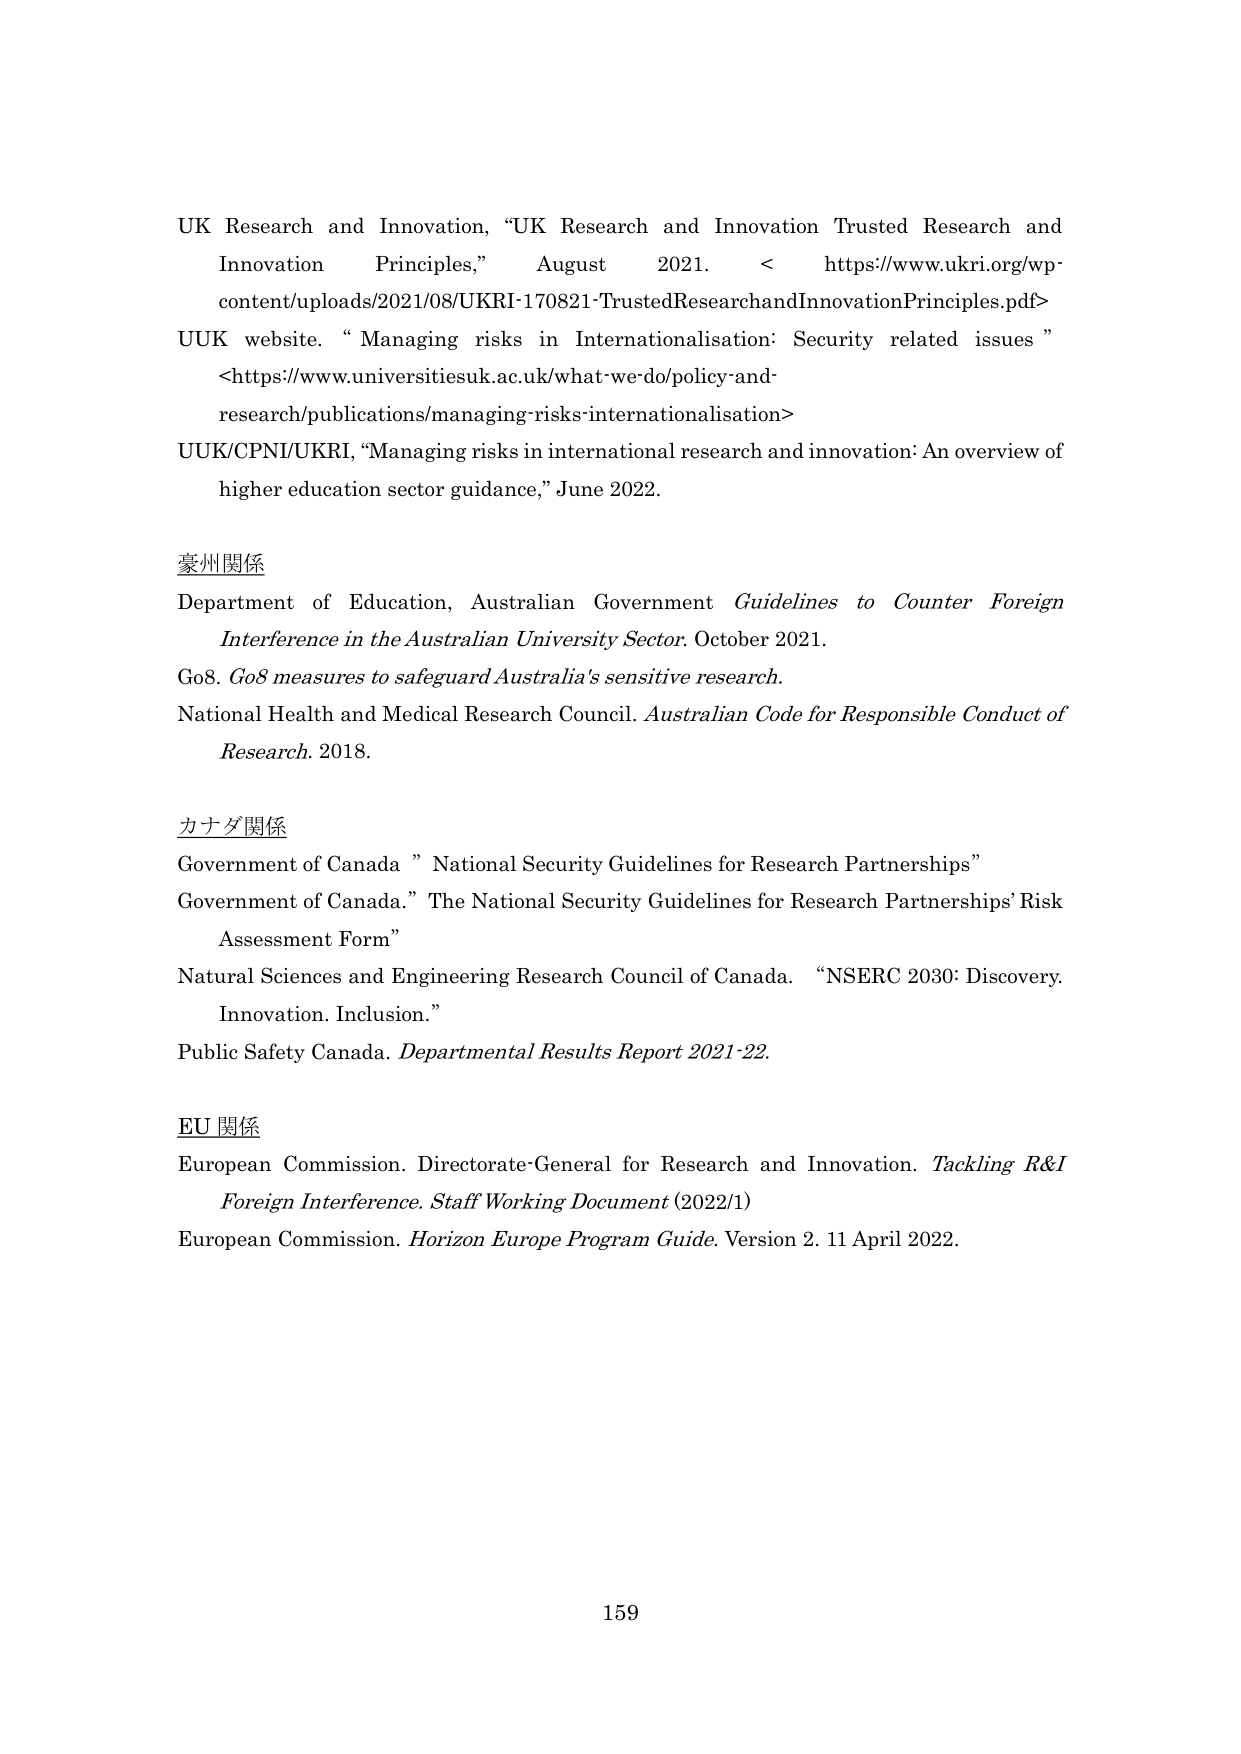
UK Research and Innovation, “UK Research and Innovation Trusted Research and Innovation Principles,” August 2021. <https://www.ukri.org/wp-content/uploads/2021/08/UKRI-170821-TrustedResearchandInnovationPrinciples.pdf>

UUK website. “Managing risks in Internationalisation: Security related issues” <https://www.universitiesuk.ac.uk/what-we-do/policy-and-research/publications/managing-risks-internationalisation>

UUK/CJNI/UKRI, “Managing risks in international research and innovation: An overview of higher education sector guidance,” June 2022.

豪州関係

Department of Education, Australian Government Guidelines to Counter Foreign Interference in the Australian University Sector. October 2021.

Go8. Go8 measures to safeguard Australia's sensitive research.

National Health and Medical Research Council. Australian Code for Responsible Conduct of Research. 2018.

カナダ関係

Government of Canada. “National Security Guidelines for Research Partnerships”

Government of Canada. “The National Security Guidelines for Research Partnerships’ Risk Assessment Form”

Natural Sciences and Engineering Research Council of Canada. “NSERC 2030: Discovery. Innovation. Inclusion.”

Public Safety Canada. Departmental Results Report 2021-22.

EU 関係

European Commission. Directorate-General for Research and Innovation. Tackling R&I Foreign Interference. Staff Working Document (2022/1)

European Commission. Horizon Europe Program Guide. Version 2. 11 April 2022.

159